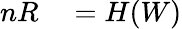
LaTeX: \begin{array}{rl}{nR}&{{}=H(W)}\end{array}